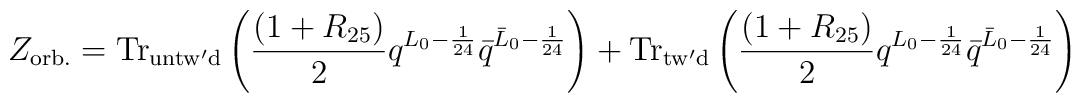
Z_{\rm orb.}={\rm Tr}_{\rm untw'd}\left( {(1+R_{25})\over2} q^{L_0-{1\over 24}}{\bar q}^{{\bar L}_0-{1\over 24}}\right)+{\rm Tr}_{\rm tw'd}\left({(1+R_{25})\over2} q^{L_0-{1\over 24}} {\bar q}^{{\bar L}_0-{1\over24}}\right)